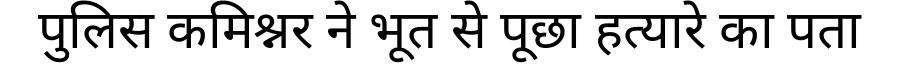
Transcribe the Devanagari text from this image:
पुलिस कमिश्नर ने भूत से पूछा हत्यारे का पता